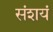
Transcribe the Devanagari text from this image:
संशयं